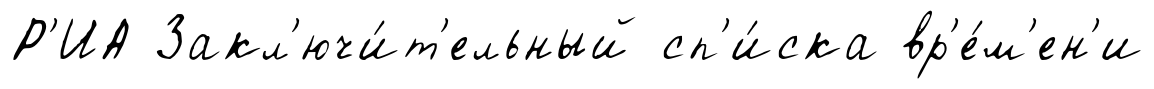
Р'ИА Закл'ючи́т'ельный сп'и́ска вр'е́м'ен'и